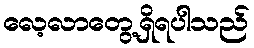
လေ့လာတွေ့ရှိရပါသည်